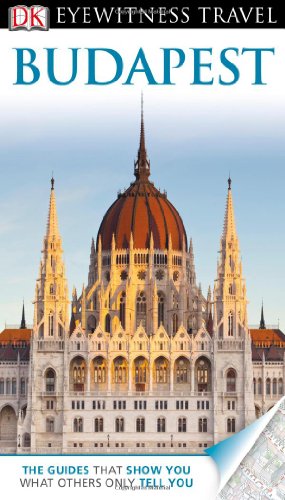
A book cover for DK Eyewitness Travel Guide: Budapest; DK Publishing; Travel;